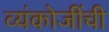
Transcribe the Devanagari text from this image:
व्यंकोजींची